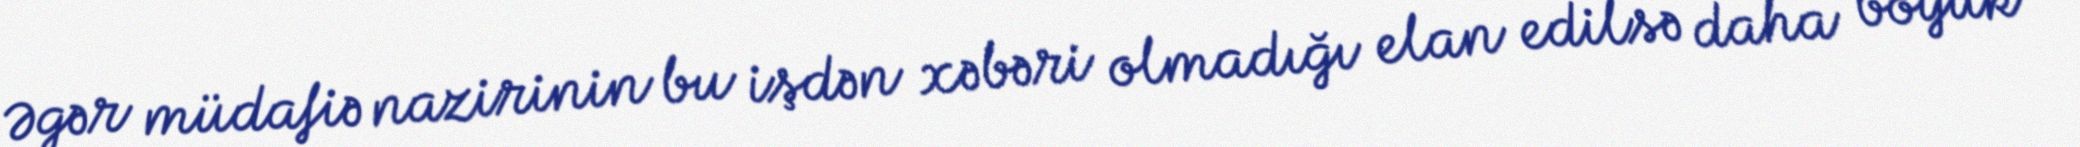
Əgər müdafiə nazirinin bu işdən xəbəri olmadığı elan edilsə daha böyük